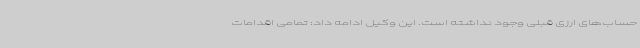
حساب‌های ارزی قبلی وجود نداشته است. این وکیل ادامه داد: تمامی اقدامات